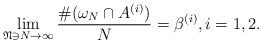
LaTeX: \begin{align*} \lim_{\mathfrak N \ni N \to \infty} \frac{\#(\omega_N\cap A^{(i)})}{N} = \beta^{(i)}, i =1,2. \end{align*}